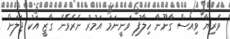
ވެރިޔާ ވިއަސް ގާނޫނާ ހިލާފު ވަނީނަމަ އަމުރު ނެރެވޭނެ ގާޒީ އަކު ޖަލަށް